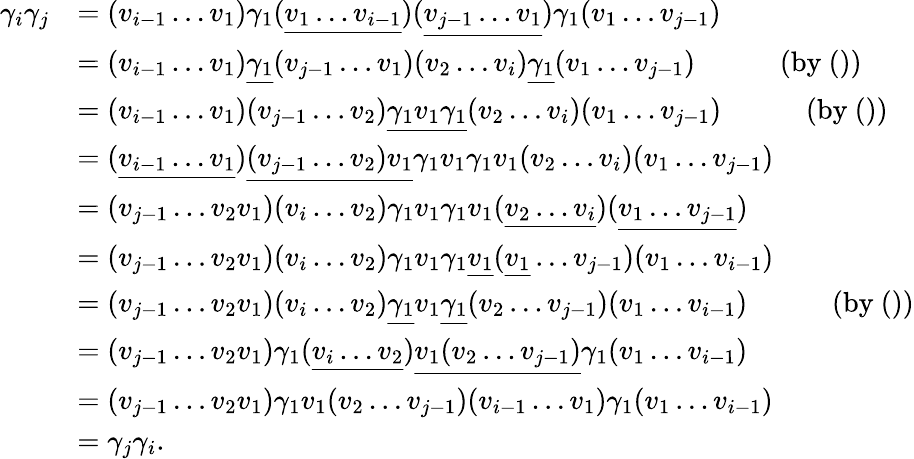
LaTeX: \begin{array}{rl}{\gamma_{i}\gamma_{j}}&{=(v_{i-1}\ldots v_{1})\gamma_{1}(\underline{{v_{1}\ldots v_{i-1}}})(\underline{{v_{j-1}\ldots v_{1}}})\gamma_{1}(v_{1}\ldots v_{j-1})}\\ &{=(v_{i-1}\ldots v_{1})\underline{{\gamma_{1}}}(v_{j-1}\ldots v_{1})(v_{2}\ldots v_{i})\underline{{\gamma_{1}}}(v_{1}\ldots v_{j-1})~~~~~~~~~~~\mathrm{~(by~())}}\\ &{=(v_{i-1}\ldots v_{1})(v_{j-1}\ldots v_{2})\underline{{\gamma_{1}v_{1}\gamma_{1}}}(v_{2}\ldots v_{i})(v_{1}\ldots v_{j-1})~~~~~~~~~~~\mathrm{~(by~())}}\\ &{=(\underline{{v_{i-1}\ldots v_{1}}})\underline{{(v_{j-1}\ldots v_{2})v_{1}}}\gamma_{1}v_{1}\gamma_{1}v_{1}(v_{2}\ldots v_{i})(v_{1}\ldots v_{j-1})}\\ &{=(v_{j-1}\ldots v_{2}v_{1})(v_{i}\ldots v_{2})\gamma_{1}v_{1}\gamma_{1}v_{1}(\underline{{v_{2}\ldots v_{i}}})(\underline{{v_{1}\ldots v_{j-1}}})}\\ &{=(v_{j-1}\ldots v_{2}v_{1})(v_{i}\ldots v_{2})\gamma_{1}v_{1}\gamma_{1}\underline{{v_{1}}}(\underline{{v_{1}}}\ldots v_{j-1})(v_{1}\ldots v_{i-1})}\\ &{=(v_{j-1}\ldots v_{2}v_{1})(v_{i}\ldots v_{2})\underline{{\gamma_{1}}}v_{1}\underline{{\gamma_{1}}}(v_{2}\ldots v_{j-1})(v_{1}\ldots v_{i-1})~~~~~~~~~~~\mathrm{~(by~())}}\\ &{=(v_{j-1}\ldots v_{2}v_{1})\gamma_{1}(\underline{{v_{i}\ldots v_{2}}})\underline{{v_{1}(v_{2}\ldots v_{j-1})}}\gamma_{1}(v_{1}\ldots v_{i-1})}\\ &{=(v_{j-1}\ldots v_{2}v_{1})\gamma_{1}v_{1}(v_{2}\ldots v_{j-1})(v_{i-1}\ldots v_{1})\gamma_{1}(v_{1}\ldots v_{i-1})}\\ &{=\gamma_{j}\gamma_{i}.}\end{array}